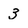
Character: 3